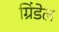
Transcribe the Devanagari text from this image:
ग्रिंडेल